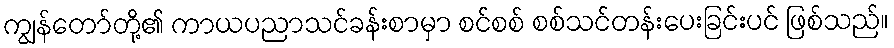
ကျွန်တော်တို့၏ ကာယပညာသင်ခန်းစာမှာ စင်စစ် စစ်သင်တန်းပေးခြင်းပင် ဖြစ်သည်။